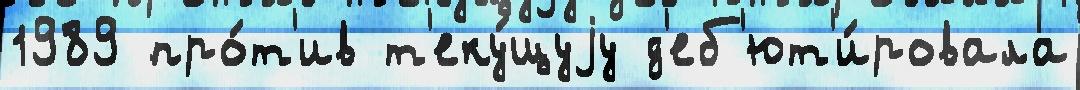
1989 про́т'ив т'еку́щуjу д'еб'ют'и́ровала